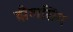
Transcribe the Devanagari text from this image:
झैलसिंग